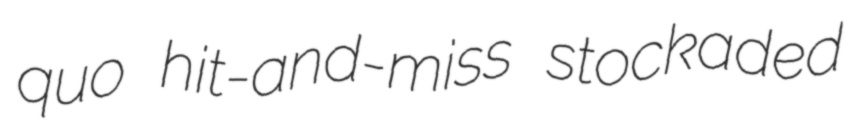
quo hit-and-miss stockaded